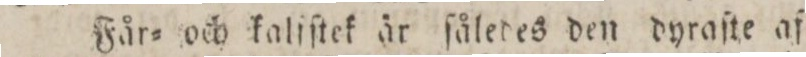
Får= och kalſſtek är ſåledes den dyraſte af